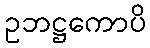
ဥဘဋ္ဌကောပိ